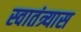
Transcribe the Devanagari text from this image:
स्वातंत्र्यास